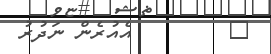
٧        އެއުރެން ނަދުރު